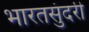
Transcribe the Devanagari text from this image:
भारतसुंदरी